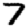
Digit: 7